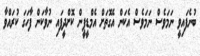
ބުނެފައިވީ ނަމަވެސް ނަމަވެސް އެކަން އެގޮތަށް އެމްޑީޕީން ކޮށްދީފައި ނުވާކަން ފާހަގަ ކުރައްވާ